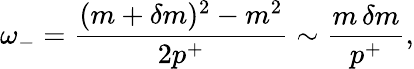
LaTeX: \omega_{-}=\frac{(m+\delta m)^{2}-m^{2}}{2p^{+}}\sim\frac{m\, \delta m}{p^{+}},